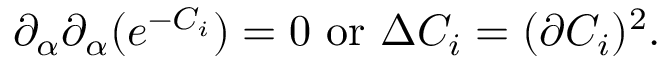
\partial _ { \alpha } \partial _ { \alpha } ( e ^ { - C _ { i } } ) = 0 ~ \mathrm { o r } ~ \Delta C _ { i } = ( \partial C _ { i } ) ^ { 2 } .